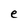
Character: e